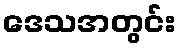
ဒေသအတွင်း